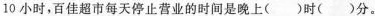
10小时，百佳超市每天停止营业的时间是晚上()时()分。